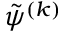
\tilde { \psi } ^ { ( k ) }